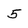
Character: 5